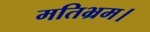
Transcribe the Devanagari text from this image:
मतिभ्रम।